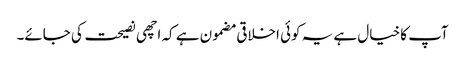
آپ کا خیال ہے یہ کوئی اخلاقی مضمون ہے کہ اچھی نصیحت کی جائے۔